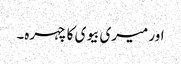
اور میری بیوی کا چہرہ۔